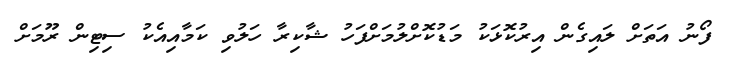
ފޯނު އަތަށް ލައިގެން އިރުކޮޅަކު މަޑުކޮށްލުމަށްފަހު ޝާކިރާ ހަލުވި ކަމާއިއެކު ސިޓިން ރޫމަށް